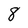
Character: 8